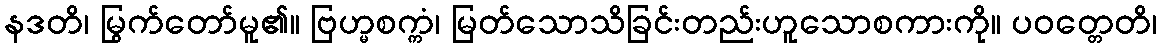
နဒတိ၊ မြွက်တော်မူ၏။ ဗြဟ္မစက္ကံ၊ မြတ်သောသိခြင်းတည်းဟူသောစကားကို။ ပဝတ္တေတိ၊